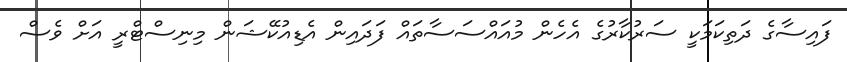
ފައިސާގެ ދަތިކަމަކީ ސަރުކާރުގެ އެހެން މުއައްސަސާތައް ފަދައިން އެޑިއުކޭޝަން މިނިސްޓްރީ އަށް ވެސް